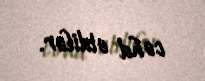
cəhd etdilər.